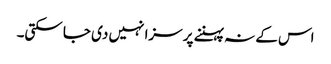
اس کے نہ پہننے پر سزا نہیں دی جا سکتی۔